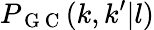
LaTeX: P_{\mathrm{~G~C~}}(k,k^{\prime}|l)